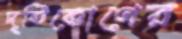
দৃষ্টিকোণের